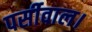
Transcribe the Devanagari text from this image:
पर्सीवाल।